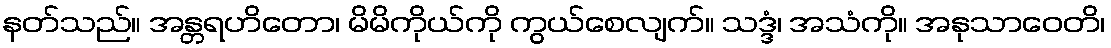
နတ်သည်။ အန္တရဟိတော၊ မိမိကိုယ်ကို ကွယ်စေလျက်။ သဒ္ဒံ၊ အသံကို။ အနုသာဝေတိ၊